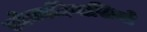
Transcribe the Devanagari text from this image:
लोकादिवासियो